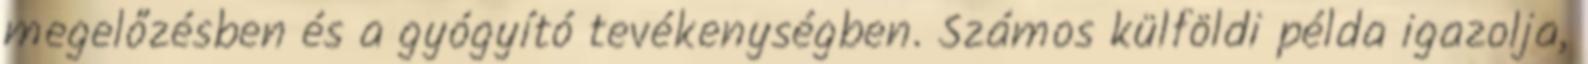
megelőzésben és a gyógyító tevékenységben. Számos külföldi példa igazolja,